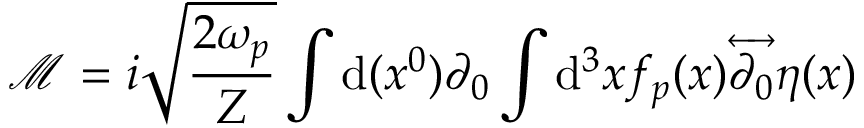
{ \mathcal { M } } = i { \sqrt { \frac { 2 \omega _ { p } } { Z } } } \int \mathrm { d } ( x ^ { 0 } ) \partial _ { 0 } \int \mathrm { d } ^ { 3 } x f _ { p } ( x ) { \overleftrightarrow { \partial _ { 0 } } } \eta ( x )